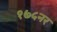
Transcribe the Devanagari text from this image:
१७५नर